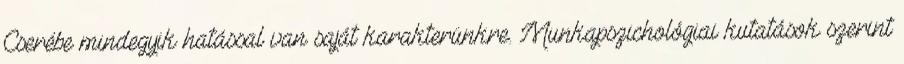
Cserébe mindegyik hatással van saját karakterünkre. Munkapszichológiai kutatások szerint